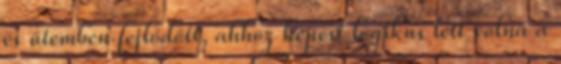
és ütemben fejlődött, ahhoz képest logikus lett volna a